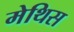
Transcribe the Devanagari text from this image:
मेथिस